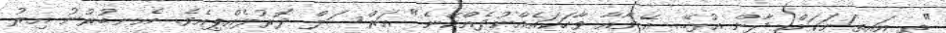
"ތި އައިތަނަކަށް ދާން އުޅޭ... އޭނާއާ ވާހަކައެއްނުދެއްކޭނެ" އަރްސަލް ދޮރުލެއްޕިއެވެ. އެނބުރުނު އިރު